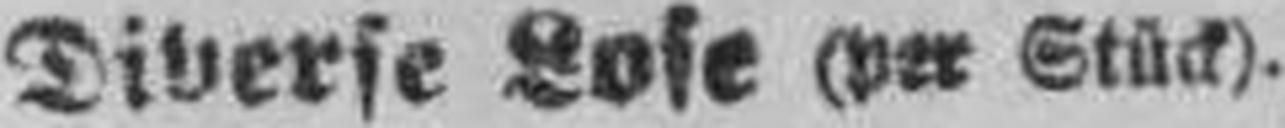
Diverse Lose (per Stück).